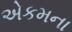
એકમના